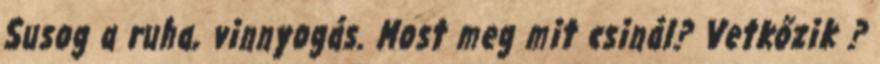
Susog a ruha, vinnyogás. Most meg mit csinál? Vetkőzik ?